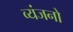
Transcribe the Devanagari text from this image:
व्‍यंजनो